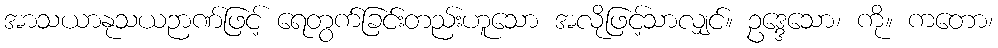
အာသယာနုသယဉာဏ်ဖြင့် ရေတွက်ခြင်းတည်းဟူသော အလိုဖြင့်သာလျှင်။ ဥဒ္ဒေသော၊ ကို။ ကတော၊